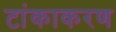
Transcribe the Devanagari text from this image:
टांकाकरण